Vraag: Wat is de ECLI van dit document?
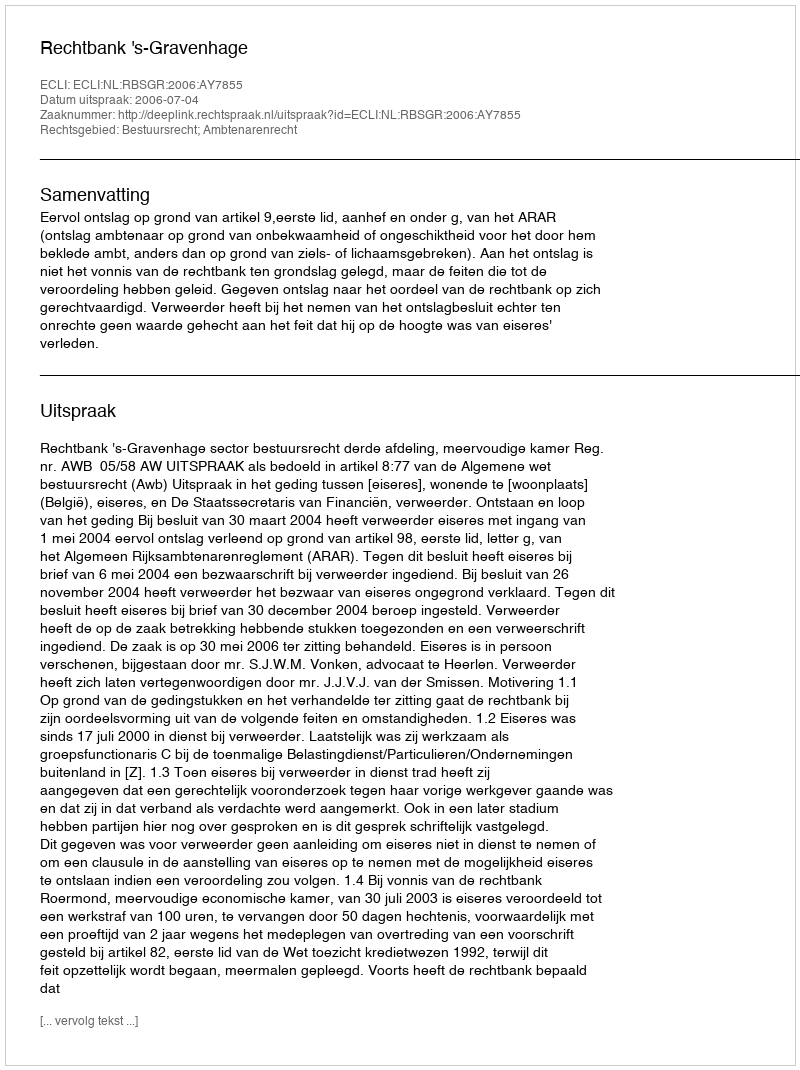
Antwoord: ECLI:NL:RBSGR:2006:AY7855